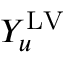
Y _ { u } ^ { \mathrm { L V } }